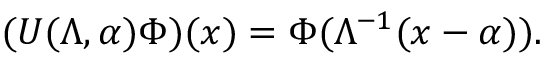
( U ( \Lambda , \alpha ) \Phi ) ( x ) = \Phi ( \Lambda ^ { - 1 } ( x - \alpha ) ) .